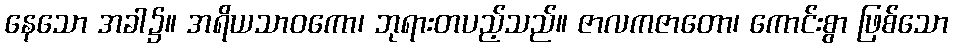
နေသော အခါ၌။ အရိယသာဝကော၊ ဘုရားတပည့်သည်။ ဇာလကဇာတော၊ ကောင်းစွာ ဖြစ်သော